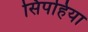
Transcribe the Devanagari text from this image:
सिपहिया